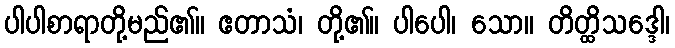
ပါပါစာရာတို့မည်၏။ ဧတာသံ၊ တို့၏။ ပါပေါ၊ သော။ တိတ္ထိသဒ္ဒေါ၊